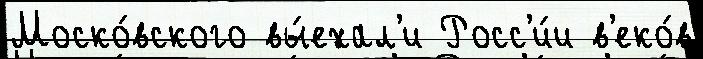
Моско́вского вы́ехал'и Росс'и́и в'еко́в